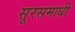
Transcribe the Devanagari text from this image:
सूरसमाधी